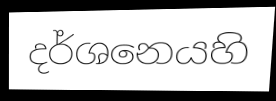
දර්ශනෙයහි